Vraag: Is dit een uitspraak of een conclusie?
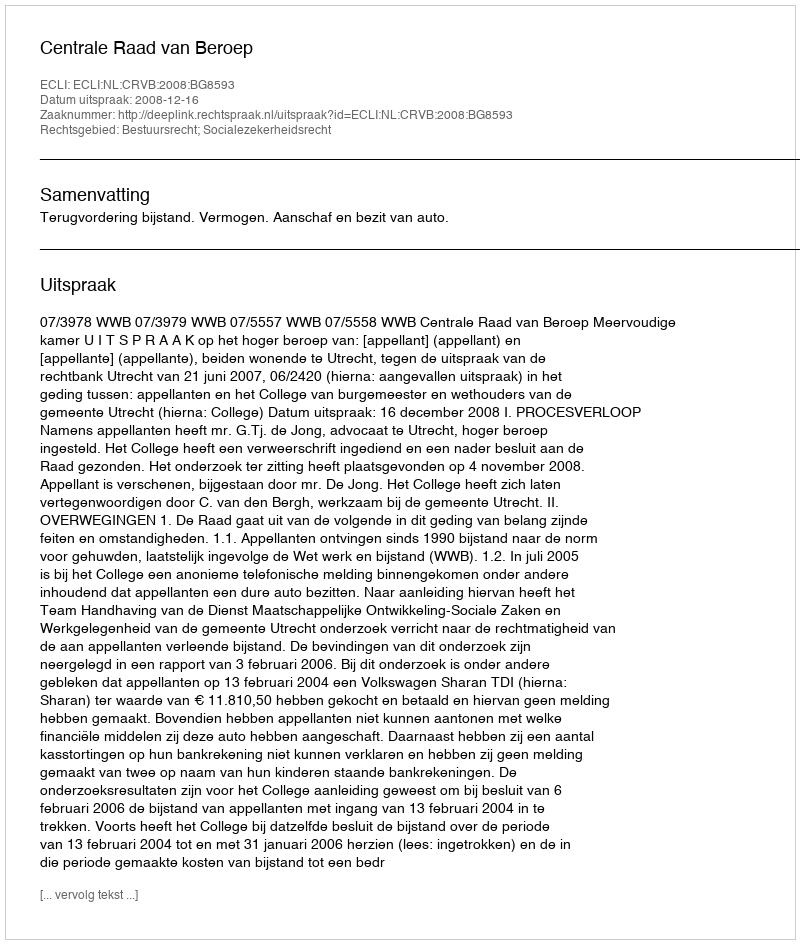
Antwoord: Uitspraak